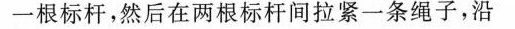
一根标杆，然后在两根标杆间拉紧一条绳子，沿